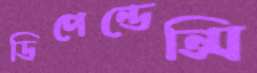
ডিপেন্ডেন্সি